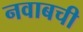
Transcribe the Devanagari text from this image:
नवाबची